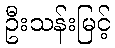
ဦးသန်းမြင့်